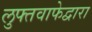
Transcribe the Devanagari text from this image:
लुफ्तवाफेद्वारा